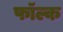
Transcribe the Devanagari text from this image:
फॉल्क